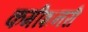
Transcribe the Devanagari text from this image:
कमीशनरी